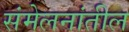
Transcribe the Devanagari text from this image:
संमेलनांतील